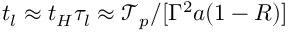
t _ { l } \approx t _ { H } \tau _ { l } \approx \mathcal { T } _ { p } / [ \Gamma ^ { 2 } a ( 1 - R ) ]